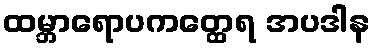
ထမ္ဘာရောပကတ္ထေရ အပဒါန